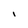
Character: I